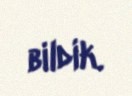
bildik.